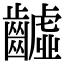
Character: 𪙫